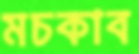
মচকাব